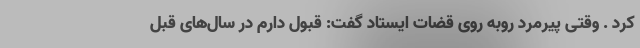
کرد . وقتی پیرمرد روبه روی قضات ایستاد گفت: قبول دارم در سال‌های قبل